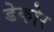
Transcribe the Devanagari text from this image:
डेकोर